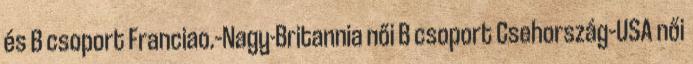
és B csoport Franciao.–Nagy-Britannia női B csoport Csehország–USA női